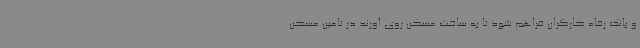
و بانک رفاه کارگران فراهم شود تا به ساخت مسکن روی آورند در تامین مسکن